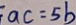
a c = 5 b